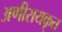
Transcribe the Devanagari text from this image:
अणीरायकृत